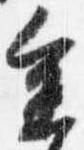
参